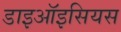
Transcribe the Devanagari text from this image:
डाइऑइसियस